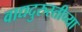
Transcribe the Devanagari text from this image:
वाद्यदुरुस्तीच्या